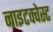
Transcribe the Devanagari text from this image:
नाइटक्वेस्ट